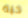
حيه